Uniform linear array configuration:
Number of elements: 12
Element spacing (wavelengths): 1
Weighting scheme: binomial
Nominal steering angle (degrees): -60
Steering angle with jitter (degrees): -58.658
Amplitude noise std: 0.05
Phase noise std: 0.05

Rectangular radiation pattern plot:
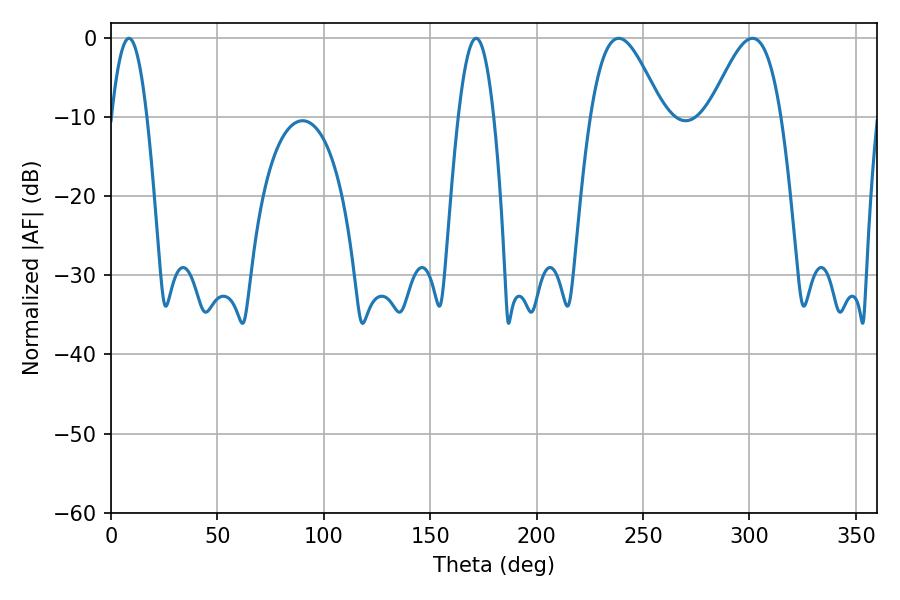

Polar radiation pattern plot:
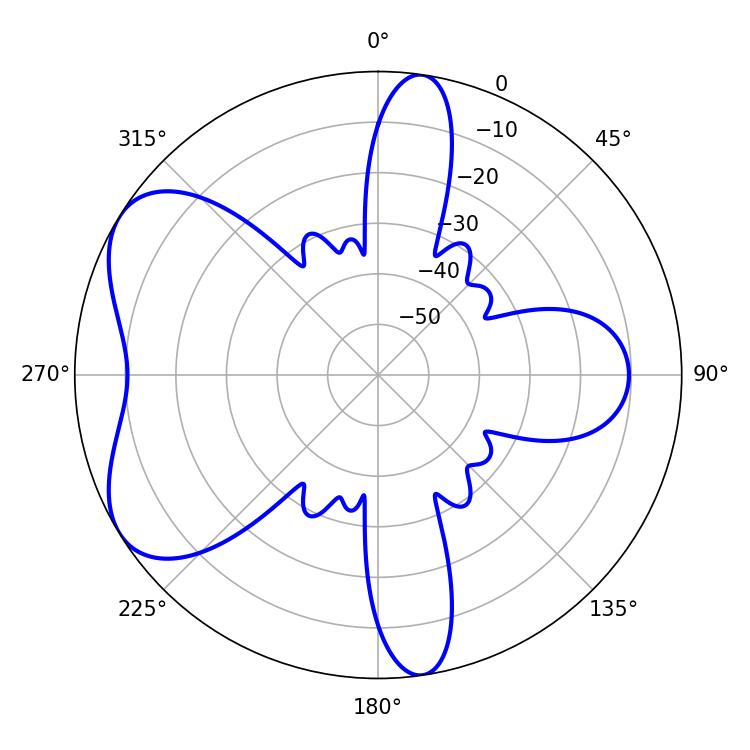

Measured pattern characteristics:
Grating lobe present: TRUE
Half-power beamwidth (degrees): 9
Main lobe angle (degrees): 8.46